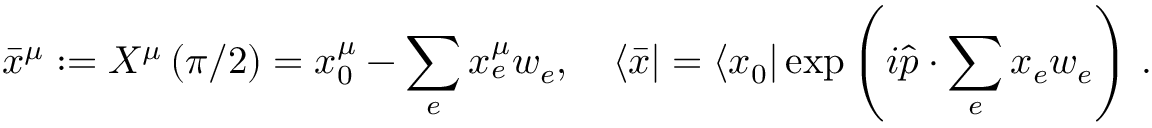
\bar { x } ^ { \mu } : = X ^ { \mu } \left( \pi / 2 \right) = x _ { 0 } ^ { \mu } - \sum _ { e } x _ { e } ^ { \mu } w _ { e } , \quad \langle \bar { x } | = \langle x _ { 0 } | \exp \left( i \hat { p } \cdot \sum _ { e } x _ { e } w _ { e } \right) \, .